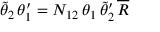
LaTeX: \tilde { \theta } _ { 2 } \, \theta _ { 1 } ^ { \prime } = N _ { 1 2 } \, \theta _ { 1 } \, \tilde { \theta } _ { 2 } ^ { \prime } \, \overline { { { R } } }